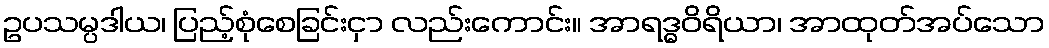
ဥပသမ္ပဒါယ၊ ပြည့်စုံစေခြင်းငှာ လည်းကောင်း။ အာရဒ္ဓဝိရိယာ၊ အာထုတ်အပ်သော